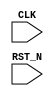
//
// Generated by Bluespec Compiler, version 2024.01-13-ga8fe68a6 (build a8fe68a6)
//
// On Tue Jun 11 10:59:16 IST 2024
//
//
// Ports:
// Name                         I/O  size props
// CLK                            I     1 clock
// RST_N                          I     1 reset
//
// No combinational paths from inputs to outputs
//
//

`ifdef BSV_ASSIGNMENT_DELAY
`else
  `define BSV_ASSIGNMENT_DELAY
`endif

`ifdef BSV_POSITIVE_RESET
  `define BSV_RESET_VALUE 1'b1
  `define BSV_RESET_EDGE posedge
`else
  `define BSV_RESET_VALUE 1'b0
  `define BSV_RESET_EDGE negedge
`endif

module mkTestbench(CLK,
		   RST_N);
  input  CLK;
  input  RST_N;

  // register a
  reg [31 : 0] a;
  wire [31 : 0] a_D_IN;
  wire a_EN;

  // register adder_1_available
  reg adder_1_available;
  wire adder_1_available_D_IN, adder_1_available_EN;

  // register adder_1_cin
  reg adder_1_cin;
  wire adder_1_cin_D_IN, adder_1_cin_EN;

  // register adder_1_in1
  reg [31 : 0] adder_1_in1;
  wire [31 : 0] adder_1_in1_D_IN;
  wire adder_1_in1_EN;

  // register adder_1_in2
  reg [31 : 0] adder_1_in2;
  wire [31 : 0] adder_1_in2_D_IN;
  wire adder_1_in2_EN;

  // register adder_1_result
  reg [32 : 0] adder_1_result;
  wire [32 : 0] adder_1_result_D_IN;
  wire adder_1_result_EN;

  // register b
  reg [31 : 0] b;
  wire [31 : 0] b_D_IN;
  wire b_EN;

  // register cin
  reg cin;
  wire cin_D_IN, cin_EN;

  // register count
  reg [7 : 0] count;
  wire [7 : 0] count_D_IN;
  wire count_EN;

  // register cout
  reg cout;
  wire cout_D_IN, cout_EN;

  // register overflow_flag
  reg overflow_flag;
  wire overflow_flag_D_IN, overflow_flag_EN;

  // register rng_a_r
  reg [31 : 0] rng_a_r;
  wire [31 : 0] rng_a_r_D_IN;
  wire rng_a_r_EN;

  // register rng_b_r
  reg [31 : 0] rng_b_r;
  wire [31 : 0] rng_b_r_D_IN;
  wire rng_b_r_EN;

  // register rng_cin_r
  reg [7 : 0] rng_cin_r;
  wire [7 : 0] rng_cin_r_D_IN;
  wire rng_cin_r_EN;

  // register state
  reg [1 : 0] state;
  reg [1 : 0] state_D_IN;
  wire state_EN;

  // register sum
  reg [31 : 0] sum;
  wire [31 : 0] sum_D_IN;
  wire sum_EN;

  // rule scheduling signals
  wire CAN_FIRE_RL_adder_1_call_compute,
       CAN_FIRE_RL_display_results,
       CAN_FIRE_RL_generate_random_inputs,
       CAN_FIRE_RL_get_results,
       CAN_FIRE_RL_initialize,
       WILL_FIRE_RL_adder_1_call_compute,
       WILL_FIRE_RL_display_results,
       WILL_FIRE_RL_generate_random_inputs,
       WILL_FIRE_RL_get_results,
       WILL_FIRE_RL_initialize;

  // inputs to muxes for submodule ports
  wire [31 : 0] MUX_rng_a_r_write_1__VAL_1, MUX_rng_b_r_write_1__VAL_1;
  wire [7 : 0] MUX_rng_cin_r_write_1__VAL_1;
  wire MUX_state_write_1__SEL_1;

  // remaining internal signals
  wire [32 : 0] calculated_sum__h11846,
		expected_sum__h11845,
		x__h12054,
		x__h12056,
		y__h11864,
		y__h12057;
  wire [8 : 0] IF_adder_1_in1_BITS_15_TO_8_0_AND_adder_1_in2__ETC___d97,
	       IF_adder_1_in1_BITS_15_TO_8_0_XOR_adder_1_in2__ETC___d67,
	       IF_adder_1_in1_BITS_23_TO_16_14_AND_adder_1_in_ETC___d151,
	       IF_adder_1_in1_BITS_23_TO_16_14_XOR_adder_1_in_ETC___d121,
	       IF_adder_1_in1_BITS_31_TO_24_68_AND_adder_1_in_ETC___d205,
	       IF_adder_1_in1_BITS_31_TO_24_68_XOR_adder_1_in_ETC___d175,
	       IF_adder_1_in1_BITS_7_TO_0_AND_adder_1_in2_BIT_ETC___d43,
	       IF_adder_1_in1_BITS_7_TO_0_XOR_adder_1_in2_BIT_ETC___d13;
  wire [7 : 0] adder_1_in1_BITS_15_TO_8_0_AND_adder_1_in2_BIT_ETC___d64,
	       adder_1_in1_BITS_23_TO_16_14_AND_adder_1_in2_B_ETC___d118,
	       adder_1_in1_BITS_31_TO_24_68_AND_adder_1_in2_B_ETC___d172,
	       adder_1_in1_BITS_7_TO_0_AND_adder_1_in2_BITS_7_ETC___d10,
	       p__h2106,
	       p__h4513,
	       p__h6924,
	       p__h9335,
	       spliced_bits__h556,
	       spliced_bits__h590,
	       spliced_bits__h624,
	       spliced_bits__h658,
	       sum_val__h2110,
	       sum_val__h3380,
	       sum_val__h4517,
	       sum_val__h5791,
	       sum_val__h6928,
	       sum_val__h8202,
	       sum_val__h877,
	       sum_val__h9339;
  wire IF_IF_IF_IF_adder_1_cin_THEN_IF_adder_1_in1_BI_ETC___d221,
       IF_IF_IF_adder_1_cin_THEN_IF_adder_1_in1_BITS__ETC___d167,
       IF_IF_adder_1_cin_THEN_IF_adder_1_in1_BITS_7_T_ETC___d113,
       IF_adder_1_cin_THEN_IF_adder_1_in1_BITS_7_TO_0_ETC___d59,
       _0_CONCAT_a_33_34_PLUS_0_CONCAT_b_35_36_37_PLUS_ETC___d344,
       count_17_ULT_30___d332,
       x__h10005,
       x__h10007,
       x__h10113,
       x__h10115,
       x__h10221,
       x__h10223,
       x__h10329,
       x__h10331,
       x__h11678,
       x__h11680,
       x__h1220,
       x__h1329,
       x__h1331,
       x__h1437,
       x__h1439,
       x__h1545,
       x__h1547,
       x__h1653,
       x__h1655,
       x__h1761,
       x__h1763,
       x__h1869,
       x__h1871,
       x__h2451,
       x__h2560,
       x__h2562,
       x__h2668,
       x__h2670,
       x__h2776,
       x__h2778,
       x__h2884,
       x__h2886,
       x__h2992,
       x__h2994,
       x__h3100,
       x__h3102,
       x__h3721,
       x__h3830,
       x__h3832,
       x__h3938,
       x__h3940,
       x__h4046,
       x__h4048,
       x__h4154,
       x__h4156,
       x__h4262,
       x__h4264,
       x__h4370,
       x__h4372,
       x__h4858,
       x__h4967,
       x__h4969,
       x__h5075,
       x__h5077,
       x__h5183,
       x__h5185,
       x__h5291,
       x__h5293,
       x__h5399,
       x__h5401,
       x__h5507,
       x__h5509,
       x__h6132,
       x__h6241,
       x__h6243,
       x__h6349,
       x__h6351,
       x__h6457,
       x__h6459,
       x__h6565,
       x__h6567,
       x__h6673,
       x__h6675,
       x__h6781,
       x__h6783,
       x__h7269,
       x__h7378,
       x__h7380,
       x__h7486,
       x__h7488,
       x__h7594,
       x__h7596,
       x__h7702,
       x__h7704,
       x__h7810,
       x__h7812,
       x__h7918,
       x__h7920,
       x__h8543,
       x__h8652,
       x__h8654,
       x__h8760,
       x__h8762,
       x__h8868,
       x__h8870,
       x__h8976,
       x__h8978,
       x__h9084,
       x__h9086,
       x__h9192,
       x__h9194,
       x__h9680,
       x__h9789,
       x__h9791,
       x__h9897,
       x__h9899,
       y__h11679;

  // rule RL_initialize
  assign CAN_FIRE_RL_initialize = state == 2'd0 ;
  assign WILL_FIRE_RL_initialize = CAN_FIRE_RL_initialize ;

  // rule RL_get_results
  assign CAN_FIRE_RL_get_results = adder_1_available && state == 2'd2 ;
  assign WILL_FIRE_RL_get_results = CAN_FIRE_RL_get_results ;

  // rule RL_display_results
  assign CAN_FIRE_RL_display_results = state == 2'd3 ;
  assign WILL_FIRE_RL_display_results = CAN_FIRE_RL_display_results ;

  // rule RL_adder_1_call_compute
  assign CAN_FIRE_RL_adder_1_call_compute = !adder_1_available ;
  assign WILL_FIRE_RL_adder_1_call_compute =
	     CAN_FIRE_RL_adder_1_call_compute ;

  // rule RL_generate_random_inputs
  assign CAN_FIRE_RL_generate_random_inputs = state == 2'd1 ;
  assign WILL_FIRE_RL_generate_random_inputs =
	     CAN_FIRE_RL_generate_random_inputs ;

  // inputs to muxes for submodule ports
  assign MUX_state_write_1__SEL_1 =
	     WILL_FIRE_RL_display_results && count_17_ULT_30___d332 ;
  assign MUX_rng_a_r_write_1__VAL_1 =
	     rng_a_r[0] ?
	       { 1'd1,
		 rng_a_r[31:8],
		 ~rng_a_r[7],
		 rng_a_r[6],
		 ~rng_a_r[5],
		 rng_a_r[4],
		 ~rng_a_r[3:1] } :
	       { 1'd0, rng_a_r[31:1] } ;
  assign MUX_rng_b_r_write_1__VAL_1 =
	     rng_b_r[0] ?
	       { 1'd1,
		 rng_b_r[31:8],
		 ~rng_b_r[7],
		 rng_b_r[6],
		 ~rng_b_r[5],
		 rng_b_r[4],
		 ~rng_b_r[3:1] } :
	       { 1'd0, rng_b_r[31:1] } ;
  assign MUX_rng_cin_r_write_1__VAL_1 =
	     rng_cin_r[0] ?
	       { 1'd1, rng_cin_r[7:5], ~rng_cin_r[4:2], rng_cin_r[1] } :
	       { 1'd0, rng_cin_r[7:1] } ;

  // register a
  assign a_D_IN = rng_a_r ;
  assign a_EN = CAN_FIRE_RL_generate_random_inputs ;

  // register adder_1_available
  assign adder_1_available_D_IN = !WILL_FIRE_RL_generate_random_inputs ;
  assign adder_1_available_EN =
	     WILL_FIRE_RL_generate_random_inputs ||
	     WILL_FIRE_RL_adder_1_call_compute ;

  // register adder_1_cin
  assign adder_1_cin_D_IN = rng_cin_r[3] ;
  assign adder_1_cin_EN = CAN_FIRE_RL_generate_random_inputs ;

  // register adder_1_in1
  assign adder_1_in1_D_IN = rng_a_r ;
  assign adder_1_in1_EN = CAN_FIRE_RL_generate_random_inputs ;

  // register adder_1_in2
  assign adder_1_in2_D_IN = rng_b_r ;
  assign adder_1_in2_EN = CAN_FIRE_RL_generate_random_inputs ;

  // register adder_1_result
  assign adder_1_result_D_IN =
	     { IF_IF_IF_IF_adder_1_cin_THEN_IF_adder_1_in1_BI_ETC___d221,
	       spliced_bits__h556,
	       spliced_bits__h590,
	       spliced_bits__h624,
	       spliced_bits__h658 } ;
  assign adder_1_result_EN = CAN_FIRE_RL_adder_1_call_compute ;

  // register b
  assign b_D_IN = rng_b_r ;
  assign b_EN = CAN_FIRE_RL_generate_random_inputs ;

  // register cin
  assign cin_D_IN = rng_cin_r[3] ;
  assign cin_EN = CAN_FIRE_RL_generate_random_inputs ;

  // register count
  assign count_D_IN = count + 8'd1 ;
  assign count_EN = CAN_FIRE_RL_generate_random_inputs ;

  // register cout
  assign cout_D_IN = adder_1_result[32] ;
  assign cout_EN = CAN_FIRE_RL_get_results ;

  // register overflow_flag
  assign overflow_flag_D_IN = x__h11678 & y__h11679 ;
  assign overflow_flag_EN = CAN_FIRE_RL_get_results ;

  // register rng_a_r
  assign rng_a_r_D_IN =
	     WILL_FIRE_RL_generate_random_inputs ?
	       MUX_rng_a_r_write_1__VAL_1 :
	       32'h0000AFD7 ;
  assign rng_a_r_EN =
	     WILL_FIRE_RL_generate_random_inputs || WILL_FIRE_RL_initialize ;

  // register rng_b_r
  assign rng_b_r_D_IN =
	     WILL_FIRE_RL_generate_random_inputs ?
	       MUX_rng_b_r_write_1__VAL_1 :
	       32'h0000C9B1 ;
  assign rng_b_r_EN =
	     WILL_FIRE_RL_generate_random_inputs || WILL_FIRE_RL_initialize ;

  // register rng_cin_r
  assign rng_cin_r_D_IN =
	     WILL_FIRE_RL_generate_random_inputs ?
	       MUX_rng_cin_r_write_1__VAL_1 :
	       8'hA5 ;
  assign rng_cin_r_EN =
	     WILL_FIRE_RL_generate_random_inputs || WILL_FIRE_RL_initialize ;

  // register state
  always@(MUX_state_write_1__SEL_1 or
	  WILL_FIRE_RL_initialize or
	  WILL_FIRE_RL_generate_random_inputs or WILL_FIRE_RL_get_results)
  begin
    case (1'b1) // synopsys parallel_case
      MUX_state_write_1__SEL_1 || WILL_FIRE_RL_initialize: state_D_IN = 2'd1;
      WILL_FIRE_RL_generate_random_inputs: state_D_IN = 2'd2;
      WILL_FIRE_RL_get_results: state_D_IN = 2'd3;
      default: state_D_IN = 2'bxx /* unspecified value */ ;
    endcase
  end
  assign state_EN =
	     WILL_FIRE_RL_display_results && count_17_ULT_30___d332 ||
	     WILL_FIRE_RL_initialize ||
	     WILL_FIRE_RL_generate_random_inputs ||
	     WILL_FIRE_RL_get_results ;

  // register sum
  assign sum_D_IN = adder_1_result[31:0] ;
  assign sum_EN = CAN_FIRE_RL_get_results ;

  // remaining internal signals
  assign IF_IF_IF_IF_adder_1_cin_THEN_IF_adder_1_in1_BI_ETC___d221 =
	     IF_IF_IF_adder_1_cin_THEN_IF_adder_1_in1_BITS__ETC___d167 ?
	       x__h9192 |
	       adder_1_in1_BITS_31_TO_24_68_AND_adder_1_in2_B_ETC___d172[7] :
	       x__h10329 |
	       adder_1_in1_BITS_31_TO_24_68_AND_adder_1_in2_B_ETC___d172[7] ;
  assign IF_IF_IF_adder_1_cin_THEN_IF_adder_1_in1_BITS__ETC___d167 =
	     IF_IF_adder_1_cin_THEN_IF_adder_1_in1_BITS_7_T_ETC___d113 ?
	       x__h6781 |
	       adder_1_in1_BITS_23_TO_16_14_AND_adder_1_in2_B_ETC___d118[7] :
	       x__h7918 |
	       adder_1_in1_BITS_23_TO_16_14_AND_adder_1_in2_B_ETC___d118[7] ;
  assign IF_IF_adder_1_cin_THEN_IF_adder_1_in1_BITS_7_T_ETC___d113 =
	     IF_adder_1_cin_THEN_IF_adder_1_in1_BITS_7_TO_0_ETC___d59 ?
	       x__h4370 |
	       adder_1_in1_BITS_15_TO_8_0_AND_adder_1_in2_BIT_ETC___d64[7] :
	       x__h5507 |
	       adder_1_in1_BITS_15_TO_8_0_AND_adder_1_in2_BIT_ETC___d64[7] ;
  assign IF_adder_1_cin_THEN_IF_adder_1_in1_BITS_7_TO_0_ETC___d59 =
	     adder_1_cin ?
	       x__h1869 |
	       adder_1_in1_BITS_7_TO_0_AND_adder_1_in2_BITS_7_ETC___d10[7] :
	       x__h3100 |
	       adder_1_in1_BITS_7_TO_0_AND_adder_1_in2_BITS_7_ETC___d10[7] ;
  assign IF_adder_1_in1_BITS_15_TO_8_0_AND_adder_1_in2__ETC___d97 =
	     adder_1_in1_BITS_15_TO_8_0_AND_adder_1_in2_BIT_ETC___d64[0] ?
	       9'd2 :
	       9'd0 ;
  assign IF_adder_1_in1_BITS_15_TO_8_0_XOR_adder_1_in2__ETC___d67 =
	     (p__h4513[0] |
	      adder_1_in1_BITS_15_TO_8_0_AND_adder_1_in2_BIT_ETC___d64[0]) ?
	       9'd3 :
	       9'd1 ;
  assign IF_adder_1_in1_BITS_23_TO_16_14_AND_adder_1_in_ETC___d151 =
	     adder_1_in1_BITS_23_TO_16_14_AND_adder_1_in2_B_ETC___d118[0] ?
	       9'd2 :
	       9'd0 ;
  assign IF_adder_1_in1_BITS_23_TO_16_14_XOR_adder_1_in_ETC___d121 =
	     (p__h6924[0] |
	      adder_1_in1_BITS_23_TO_16_14_AND_adder_1_in2_B_ETC___d118[0]) ?
	       9'd3 :
	       9'd1 ;
  assign IF_adder_1_in1_BITS_31_TO_24_68_AND_adder_1_in_ETC___d205 =
	     adder_1_in1_BITS_31_TO_24_68_AND_adder_1_in2_B_ETC___d172[0] ?
	       9'd2 :
	       9'd0 ;
  assign IF_adder_1_in1_BITS_31_TO_24_68_XOR_adder_1_in_ETC___d175 =
	     (p__h9335[0] |
	      adder_1_in1_BITS_31_TO_24_68_AND_adder_1_in2_B_ETC___d172[0]) ?
	       9'd3 :
	       9'd1 ;
  assign IF_adder_1_in1_BITS_7_TO_0_AND_adder_1_in2_BIT_ETC___d43 =
	     adder_1_in1_BITS_7_TO_0_AND_adder_1_in2_BITS_7_ETC___d10[0] ?
	       9'd2 :
	       9'd0 ;
  assign IF_adder_1_in1_BITS_7_TO_0_XOR_adder_1_in2_BIT_ETC___d13 =
	     (p__h2106[0] |
	      adder_1_in1_BITS_7_TO_0_AND_adder_1_in2_BITS_7_ETC___d10[0]) ?
	       9'd3 :
	       9'd1 ;
  assign _0_CONCAT_a_33_34_PLUS_0_CONCAT_b_35_36_37_PLUS_ETC___d344 =
	     expected_sum__h11845 == calculated_sum__h11846 ;
  assign adder_1_in1_BITS_15_TO_8_0_AND_adder_1_in2_BIT_ETC___d64 =
	     adder_1_in1[15:8] & adder_1_in2[15:8] ;
  assign adder_1_in1_BITS_23_TO_16_14_AND_adder_1_in2_B_ETC___d118 =
	     adder_1_in1[23:16] & adder_1_in2[23:16] ;
  assign adder_1_in1_BITS_31_TO_24_68_AND_adder_1_in2_B_ETC___d172 =
	     adder_1_in1[31:24] & adder_1_in2[31:24] ;
  assign adder_1_in1_BITS_7_TO_0_AND_adder_1_in2_BITS_7_ETC___d10 =
	     adder_1_in1[7:0] & adder_1_in2[7:0] ;
  assign calculated_sum__h11846 = { cout, sum } ;
  assign count_17_ULT_30___d332 = count < 8'd30 ;
  assign expected_sum__h11845 = x__h12054 + y__h11864 ;
  assign p__h2106 = adder_1_in1[7:0] ^ adder_1_in2[7:0] ;
  assign p__h4513 = adder_1_in1[15:8] ^ adder_1_in2[15:8] ;
  assign p__h6924 = adder_1_in1[23:16] ^ adder_1_in2[23:16] ;
  assign p__h9335 = adder_1_in1[31:24] ^ adder_1_in2[31:24] ;
  assign spliced_bits__h556 =
	     IF_IF_IF_adder_1_cin_THEN_IF_adder_1_in1_BITS__ETC___d167 ?
	       sum_val__h8202 :
	       sum_val__h9339 ;
  assign spliced_bits__h590 =
	     IF_IF_adder_1_cin_THEN_IF_adder_1_in1_BITS_7_T_ETC___d113 ?
	       sum_val__h5791 :
	       sum_val__h6928 ;
  assign spliced_bits__h624 =
	     IF_adder_1_cin_THEN_IF_adder_1_in1_BITS_7_TO_0_ETC___d59 ?
	       sum_val__h3380 :
	       sum_val__h4517 ;
  assign spliced_bits__h658 = adder_1_cin ? sum_val__h877 : sum_val__h2110 ;
  assign sum_val__h2110 =
	     p__h2106 ^
	     { x__h3102,
	       x__h2994,
	       x__h2886,
	       x__h2778,
	       x__h2670,
	       x__h2562,
	       IF_adder_1_in1_BITS_7_TO_0_AND_adder_1_in2_BIT_ETC___d43[1:0] } ;
  assign sum_val__h3380 =
	     p__h4513 ^
	     { x__h4372,
	       x__h4264,
	       x__h4156,
	       x__h4048,
	       x__h3940,
	       x__h3832,
	       IF_adder_1_in1_BITS_15_TO_8_0_XOR_adder_1_in2__ETC___d67[1:0] } ;
  assign sum_val__h4517 =
	     p__h4513 ^
	     { x__h5509,
	       x__h5401,
	       x__h5293,
	       x__h5185,
	       x__h5077,
	       x__h4969,
	       IF_adder_1_in1_BITS_15_TO_8_0_AND_adder_1_in2__ETC___d97[1:0] } ;
  assign sum_val__h5791 =
	     p__h6924 ^
	     { x__h6783,
	       x__h6675,
	       x__h6567,
	       x__h6459,
	       x__h6351,
	       x__h6243,
	       IF_adder_1_in1_BITS_23_TO_16_14_XOR_adder_1_in_ETC___d121[1:0] } ;
  assign sum_val__h6928 =
	     p__h6924 ^
	     { x__h7920,
	       x__h7812,
	       x__h7704,
	       x__h7596,
	       x__h7488,
	       x__h7380,
	       IF_adder_1_in1_BITS_23_TO_16_14_AND_adder_1_in_ETC___d151[1:0] } ;
  assign sum_val__h8202 =
	     p__h9335 ^
	     { x__h9194,
	       x__h9086,
	       x__h8978,
	       x__h8870,
	       x__h8762,
	       x__h8654,
	       IF_adder_1_in1_BITS_31_TO_24_68_XOR_adder_1_in_ETC___d175[1:0] } ;
  assign sum_val__h877 =
	     p__h2106 ^
	     { x__h1871,
	       x__h1763,
	       x__h1655,
	       x__h1547,
	       x__h1439,
	       x__h1331,
	       IF_adder_1_in1_BITS_7_TO_0_XOR_adder_1_in2_BIT_ETC___d13[1:0] } ;
  assign sum_val__h9339 =
	     p__h9335 ^
	     { x__h10331,
	       x__h10223,
	       x__h10115,
	       x__h10007,
	       x__h9899,
	       x__h9791,
	       IF_adder_1_in1_BITS_31_TO_24_68_AND_adder_1_in_ETC___d205[1:0] } ;
  assign x__h10005 = x__h10007 & p__h9335[4] ;
  assign x__h10007 =
	     x__h9897 |
	     adder_1_in1_BITS_31_TO_24_68_AND_adder_1_in2_B_ETC___d172[3] ;
  assign x__h10113 = x__h10115 & p__h9335[5] ;
  assign x__h10115 =
	     x__h10005 |
	     adder_1_in1_BITS_31_TO_24_68_AND_adder_1_in2_B_ETC___d172[4] ;
  assign x__h10221 = x__h10223 & p__h9335[6] ;
  assign x__h10223 =
	     x__h10113 |
	     adder_1_in1_BITS_31_TO_24_68_AND_adder_1_in2_B_ETC___d172[5] ;
  assign x__h10329 = x__h10331 & p__h9335[7] ;
  assign x__h10331 =
	     x__h10221 |
	     adder_1_in1_BITS_31_TO_24_68_AND_adder_1_in2_B_ETC___d172[6] ;
  assign x__h11678 = x__h11680 ^ adder_1_in2[31] ;
  assign x__h11680 = ~adder_1_in1[31] ;
  assign x__h12054 = x__h12056 + y__h12057 ;
  assign x__h12056 = { 1'd0, a } ;
  assign x__h1220 =
	     IF_adder_1_in1_BITS_7_TO_0_XOR_adder_1_in2_BIT_ETC___d13[1] &
	     p__h2106[1] ;
  assign x__h1329 = x__h1331 & p__h2106[2] ;
  assign x__h1331 =
	     x__h1220 |
	     adder_1_in1_BITS_7_TO_0_AND_adder_1_in2_BITS_7_ETC___d10[1] ;
  assign x__h1437 = x__h1439 & p__h2106[3] ;
  assign x__h1439 =
	     x__h1329 |
	     adder_1_in1_BITS_7_TO_0_AND_adder_1_in2_BITS_7_ETC___d10[2] ;
  assign x__h1545 = x__h1547 & p__h2106[4] ;
  assign x__h1547 =
	     x__h1437 |
	     adder_1_in1_BITS_7_TO_0_AND_adder_1_in2_BITS_7_ETC___d10[3] ;
  assign x__h1653 = x__h1655 & p__h2106[5] ;
  assign x__h1655 =
	     x__h1545 |
	     adder_1_in1_BITS_7_TO_0_AND_adder_1_in2_BITS_7_ETC___d10[4] ;
  assign x__h1761 = x__h1763 & p__h2106[6] ;
  assign x__h1763 =
	     x__h1653 |
	     adder_1_in1_BITS_7_TO_0_AND_adder_1_in2_BITS_7_ETC___d10[5] ;
  assign x__h1869 = x__h1871 & p__h2106[7] ;
  assign x__h1871 =
	     x__h1761 |
	     adder_1_in1_BITS_7_TO_0_AND_adder_1_in2_BITS_7_ETC___d10[6] ;
  assign x__h2451 =
	     IF_adder_1_in1_BITS_7_TO_0_AND_adder_1_in2_BIT_ETC___d43[1] &
	     p__h2106[1] ;
  assign x__h2560 = x__h2562 & p__h2106[2] ;
  assign x__h2562 =
	     x__h2451 |
	     adder_1_in1_BITS_7_TO_0_AND_adder_1_in2_BITS_7_ETC___d10[1] ;
  assign x__h2668 = x__h2670 & p__h2106[3] ;
  assign x__h2670 =
	     x__h2560 |
	     adder_1_in1_BITS_7_TO_0_AND_adder_1_in2_BITS_7_ETC___d10[2] ;
  assign x__h2776 = x__h2778 & p__h2106[4] ;
  assign x__h2778 =
	     x__h2668 |
	     adder_1_in1_BITS_7_TO_0_AND_adder_1_in2_BITS_7_ETC___d10[3] ;
  assign x__h2884 = x__h2886 & p__h2106[5] ;
  assign x__h2886 =
	     x__h2776 |
	     adder_1_in1_BITS_7_TO_0_AND_adder_1_in2_BITS_7_ETC___d10[4] ;
  assign x__h2992 = x__h2994 & p__h2106[6] ;
  assign x__h2994 =
	     x__h2884 |
	     adder_1_in1_BITS_7_TO_0_AND_adder_1_in2_BITS_7_ETC___d10[5] ;
  assign x__h3100 = x__h3102 & p__h2106[7] ;
  assign x__h3102 =
	     x__h2992 |
	     adder_1_in1_BITS_7_TO_0_AND_adder_1_in2_BITS_7_ETC___d10[6] ;
  assign x__h3721 =
	     IF_adder_1_in1_BITS_15_TO_8_0_XOR_adder_1_in2__ETC___d67[1] &
	     p__h4513[1] ;
  assign x__h3830 = x__h3832 & p__h4513[2] ;
  assign x__h3832 =
	     x__h3721 |
	     adder_1_in1_BITS_15_TO_8_0_AND_adder_1_in2_BIT_ETC___d64[1] ;
  assign x__h3938 = x__h3940 & p__h4513[3] ;
  assign x__h3940 =
	     x__h3830 |
	     adder_1_in1_BITS_15_TO_8_0_AND_adder_1_in2_BIT_ETC___d64[2] ;
  assign x__h4046 = x__h4048 & p__h4513[4] ;
  assign x__h4048 =
	     x__h3938 |
	     adder_1_in1_BITS_15_TO_8_0_AND_adder_1_in2_BIT_ETC___d64[3] ;
  assign x__h4154 = x__h4156 & p__h4513[5] ;
  assign x__h4156 =
	     x__h4046 |
	     adder_1_in1_BITS_15_TO_8_0_AND_adder_1_in2_BIT_ETC___d64[4] ;
  assign x__h4262 = x__h4264 & p__h4513[6] ;
  assign x__h4264 =
	     x__h4154 |
	     adder_1_in1_BITS_15_TO_8_0_AND_adder_1_in2_BIT_ETC___d64[5] ;
  assign x__h4370 = x__h4372 & p__h4513[7] ;
  assign x__h4372 =
	     x__h4262 |
	     adder_1_in1_BITS_15_TO_8_0_AND_adder_1_in2_BIT_ETC___d64[6] ;
  assign x__h4858 =
	     IF_adder_1_in1_BITS_15_TO_8_0_AND_adder_1_in2__ETC___d97[1] &
	     p__h4513[1] ;
  assign x__h4967 = x__h4969 & p__h4513[2] ;
  assign x__h4969 =
	     x__h4858 |
	     adder_1_in1_BITS_15_TO_8_0_AND_adder_1_in2_BIT_ETC___d64[1] ;
  assign x__h5075 = x__h5077 & p__h4513[3] ;
  assign x__h5077 =
	     x__h4967 |
	     adder_1_in1_BITS_15_TO_8_0_AND_adder_1_in2_BIT_ETC___d64[2] ;
  assign x__h5183 = x__h5185 & p__h4513[4] ;
  assign x__h5185 =
	     x__h5075 |
	     adder_1_in1_BITS_15_TO_8_0_AND_adder_1_in2_BIT_ETC___d64[3] ;
  assign x__h5291 = x__h5293 & p__h4513[5] ;
  assign x__h5293 =
	     x__h5183 |
	     adder_1_in1_BITS_15_TO_8_0_AND_adder_1_in2_BIT_ETC___d64[4] ;
  assign x__h5399 = x__h5401 & p__h4513[6] ;
  assign x__h5401 =
	     x__h5291 |
	     adder_1_in1_BITS_15_TO_8_0_AND_adder_1_in2_BIT_ETC___d64[5] ;
  assign x__h5507 = x__h5509 & p__h4513[7] ;
  assign x__h5509 =
	     x__h5399 |
	     adder_1_in1_BITS_15_TO_8_0_AND_adder_1_in2_BIT_ETC___d64[6] ;
  assign x__h6132 =
	     IF_adder_1_in1_BITS_23_TO_16_14_XOR_adder_1_in_ETC___d121[1] &
	     p__h6924[1] ;
  assign x__h6241 = x__h6243 & p__h6924[2] ;
  assign x__h6243 =
	     x__h6132 |
	     adder_1_in1_BITS_23_TO_16_14_AND_adder_1_in2_B_ETC___d118[1] ;
  assign x__h6349 = x__h6351 & p__h6924[3] ;
  assign x__h6351 =
	     x__h6241 |
	     adder_1_in1_BITS_23_TO_16_14_AND_adder_1_in2_B_ETC___d118[2] ;
  assign x__h6457 = x__h6459 & p__h6924[4] ;
  assign x__h6459 =
	     x__h6349 |
	     adder_1_in1_BITS_23_TO_16_14_AND_adder_1_in2_B_ETC___d118[3] ;
  assign x__h6565 = x__h6567 & p__h6924[5] ;
  assign x__h6567 =
	     x__h6457 |
	     adder_1_in1_BITS_23_TO_16_14_AND_adder_1_in2_B_ETC___d118[4] ;
  assign x__h6673 = x__h6675 & p__h6924[6] ;
  assign x__h6675 =
	     x__h6565 |
	     adder_1_in1_BITS_23_TO_16_14_AND_adder_1_in2_B_ETC___d118[5] ;
  assign x__h6781 = x__h6783 & p__h6924[7] ;
  assign x__h6783 =
	     x__h6673 |
	     adder_1_in1_BITS_23_TO_16_14_AND_adder_1_in2_B_ETC___d118[6] ;
  assign x__h7269 =
	     IF_adder_1_in1_BITS_23_TO_16_14_AND_adder_1_in_ETC___d151[1] &
	     p__h6924[1] ;
  assign x__h7378 = x__h7380 & p__h6924[2] ;
  assign x__h7380 =
	     x__h7269 |
	     adder_1_in1_BITS_23_TO_16_14_AND_adder_1_in2_B_ETC___d118[1] ;
  assign x__h7486 = x__h7488 & p__h6924[3] ;
  assign x__h7488 =
	     x__h7378 |
	     adder_1_in1_BITS_23_TO_16_14_AND_adder_1_in2_B_ETC___d118[2] ;
  assign x__h7594 = x__h7596 & p__h6924[4] ;
  assign x__h7596 =
	     x__h7486 |
	     adder_1_in1_BITS_23_TO_16_14_AND_adder_1_in2_B_ETC___d118[3] ;
  assign x__h7702 = x__h7704 & p__h6924[5] ;
  assign x__h7704 =
	     x__h7594 |
	     adder_1_in1_BITS_23_TO_16_14_AND_adder_1_in2_B_ETC___d118[4] ;
  assign x__h7810 = x__h7812 & p__h6924[6] ;
  assign x__h7812 =
	     x__h7702 |
	     adder_1_in1_BITS_23_TO_16_14_AND_adder_1_in2_B_ETC___d118[5] ;
  assign x__h7918 = x__h7920 & p__h6924[7] ;
  assign x__h7920 =
	     x__h7810 |
	     adder_1_in1_BITS_23_TO_16_14_AND_adder_1_in2_B_ETC___d118[6] ;
  assign x__h8543 =
	     IF_adder_1_in1_BITS_31_TO_24_68_XOR_adder_1_in_ETC___d175[1] &
	     p__h9335[1] ;
  assign x__h8652 = x__h8654 & p__h9335[2] ;
  assign x__h8654 =
	     x__h8543 |
	     adder_1_in1_BITS_31_TO_24_68_AND_adder_1_in2_B_ETC___d172[1] ;
  assign x__h8760 = x__h8762 & p__h9335[3] ;
  assign x__h8762 =
	     x__h8652 |
	     adder_1_in1_BITS_31_TO_24_68_AND_adder_1_in2_B_ETC___d172[2] ;
  assign x__h8868 = x__h8870 & p__h9335[4] ;
  assign x__h8870 =
	     x__h8760 |
	     adder_1_in1_BITS_31_TO_24_68_AND_adder_1_in2_B_ETC___d172[3] ;
  assign x__h8976 = x__h8978 & p__h9335[5] ;
  assign x__h8978 =
	     x__h8868 |
	     adder_1_in1_BITS_31_TO_24_68_AND_adder_1_in2_B_ETC___d172[4] ;
  assign x__h9084 = x__h9086 & p__h9335[6] ;
  assign x__h9086 =
	     x__h8976 |
	     adder_1_in1_BITS_31_TO_24_68_AND_adder_1_in2_B_ETC___d172[5] ;
  assign x__h9192 = x__h9194 & p__h9335[7] ;
  assign x__h9194 =
	     x__h9084 |
	     adder_1_in1_BITS_31_TO_24_68_AND_adder_1_in2_B_ETC___d172[6] ;
  assign x__h9680 =
	     IF_adder_1_in1_BITS_31_TO_24_68_AND_adder_1_in_ETC___d205[1] &
	     p__h9335[1] ;
  assign x__h9789 = x__h9791 & p__h9335[2] ;
  assign x__h9791 =
	     x__h9680 |
	     adder_1_in1_BITS_31_TO_24_68_AND_adder_1_in2_B_ETC___d172[1] ;
  assign x__h9897 = x__h9899 & p__h9335[3] ;
  assign x__h9899 =
	     x__h9789 |
	     adder_1_in1_BITS_31_TO_24_68_AND_adder_1_in2_B_ETC___d172[2] ;
  assign y__h11679 = adder_1_in2[31] ^ adder_1_result[31] ;
  assign y__h11864 = { 32'b0, cin } ;
  assign y__h12057 = { 1'd0, b } ;

  // handling of inlined registers

  always@(posedge CLK)
  begin
    if (RST_N == `BSV_RESET_VALUE)
      begin
        a <= `BSV_ASSIGNMENT_DELAY 32'h00007000;
	adder_1_available <= `BSV_ASSIGNMENT_DELAY 1'd1;
	adder_1_cin <= `BSV_ASSIGNMENT_DELAY 1'd0;
	adder_1_in1 <= `BSV_ASSIGNMENT_DELAY 32'd0;
	adder_1_in2 <= `BSV_ASSIGNMENT_DELAY 32'd0;
	adder_1_result <= `BSV_ASSIGNMENT_DELAY 33'd0;
	b <= `BSV_ASSIGNMENT_DELAY 32'h00001000;
	cin <= `BSV_ASSIGNMENT_DELAY 1'd1;
	count <= `BSV_ASSIGNMENT_DELAY 8'd0;
	cout <= `BSV_ASSIGNMENT_DELAY 1'd0;
	overflow_flag <= `BSV_ASSIGNMENT_DELAY 1'd0;
	rng_a_r <= `BSV_ASSIGNMENT_DELAY 32'd1;
	rng_b_r <= `BSV_ASSIGNMENT_DELAY 32'd1;
	rng_cin_r <= `BSV_ASSIGNMENT_DELAY 8'd1;
	state <= `BSV_ASSIGNMENT_DELAY 2'd0;
	sum <= `BSV_ASSIGNMENT_DELAY 32'd0;
      end
    else
      begin
        if (a_EN) a <= `BSV_ASSIGNMENT_DELAY a_D_IN;
	if (adder_1_available_EN)
	  adder_1_available <= `BSV_ASSIGNMENT_DELAY adder_1_available_D_IN;
	if (adder_1_cin_EN)
	  adder_1_cin <= `BSV_ASSIGNMENT_DELAY adder_1_cin_D_IN;
	if (adder_1_in1_EN)
	  adder_1_in1 <= `BSV_ASSIGNMENT_DELAY adder_1_in1_D_IN;
	if (adder_1_in2_EN)
	  adder_1_in2 <= `BSV_ASSIGNMENT_DELAY adder_1_in2_D_IN;
	if (adder_1_result_EN)
	  adder_1_result <= `BSV_ASSIGNMENT_DELAY adder_1_result_D_IN;
	if (b_EN) b <= `BSV_ASSIGNMENT_DELAY b_D_IN;
	if (cin_EN) cin <= `BSV_ASSIGNMENT_DELAY cin_D_IN;
	if (count_EN) count <= `BSV_ASSIGNMENT_DELAY count_D_IN;
	if (cout_EN) cout <= `BSV_ASSIGNMENT_DELAY cout_D_IN;
	if (overflow_flag_EN)
	  overflow_flag <= `BSV_ASSIGNMENT_DELAY overflow_flag_D_IN;
	if (rng_a_r_EN) rng_a_r <= `BSV_ASSIGNMENT_DELAY rng_a_r_D_IN;
	if (rng_b_r_EN) rng_b_r <= `BSV_ASSIGNMENT_DELAY rng_b_r_D_IN;
	if (rng_cin_r_EN) rng_cin_r <= `BSV_ASSIGNMENT_DELAY rng_cin_r_D_IN;
	if (state_EN) state <= `BSV_ASSIGNMENT_DELAY state_D_IN;
	if (sum_EN) sum <= `BSV_ASSIGNMENT_DELAY sum_D_IN;
      end
  end

  // synopsys translate_off
  `ifdef BSV_NO_INITIAL_BLOCKS
  `else // not BSV_NO_INITIAL_BLOCKS
  initial
  begin
    a = 32'hAAAAAAAA;
    adder_1_available = 1'h0;
    adder_1_cin = 1'h0;
    adder_1_in1 = 32'hAAAAAAAA;
    adder_1_in2 = 32'hAAAAAAAA;
    adder_1_result = 33'h0AAAAAAAA;
    b = 32'hAAAAAAAA;
    cin = 1'h0;
    count = 8'hAA;
    cout = 1'h0;
    overflow_flag = 1'h0;
    rng_a_r = 32'hAAAAAAAA;
    rng_b_r = 32'hAAAAAAAA;
    rng_cin_r = 8'hAA;
    state = 2'h2;
    sum = 32'hAAAAAAAA;
  end
  `endif // BSV_NO_INITIAL_BLOCKS
  // synopsys translate_on

  // handling of system tasks

  // synopsys translate_off
  always@(negedge CLK)
  begin
    #0;
    if (RST_N != `BSV_RESET_VALUE)
      if (WILL_FIRE_RL_display_results && count_17_ULT_30___d332 &&
	  _0_CONCAT_a_33_34_PLUS_0_CONCAT_b_35_36_37_PLUS_ETC___d344)
	$display("Test Passed");
    if (RST_N != `BSV_RESET_VALUE)
      if (WILL_FIRE_RL_display_results && count_17_ULT_30___d332 &&
	  !_0_CONCAT_a_33_34_PLUS_0_CONCAT_b_35_36_37_PLUS_ETC___d344)
	$display("Test Failed: ");
    if (RST_N != `BSV_RESET_VALUE)
      if (WILL_FIRE_RL_display_results && count_17_ULT_30___d332 &&
	  !_0_CONCAT_a_33_34_PLUS_0_CONCAT_b_35_36_37_PLUS_ETC___d344)
	$display("  %32b\n+ %32b\n+\t\t\t\t %0b\n= \n  %32b", a, b, cin, sum);
    if (RST_N != `BSV_RESET_VALUE)
      if (WILL_FIRE_RL_display_results && count_17_ULT_30___d332 &&
	  !_0_CONCAT_a_33_34_PLUS_0_CONCAT_b_35_36_37_PLUS_ETC___d344)
	$display("Cout = %0b", cout);
    if (RST_N != `BSV_RESET_VALUE)
      if (WILL_FIRE_RL_display_results && count_17_ULT_30___d332 &&
	  !_0_CONCAT_a_33_34_PLUS_0_CONCAT_b_35_36_37_PLUS_ETC___d344)
	$display(" %33b", expected_sum__h11845);
    if (RST_N != `BSV_RESET_VALUE)
      if (WILL_FIRE_RL_display_results && count_17_ULT_30___d332 &&
	  !_0_CONCAT_a_33_34_PLUS_0_CONCAT_b_35_36_37_PLUS_ETC___d344)
	$display("Overflow Flag = %0h\n", overflow_flag);
    if (RST_N != `BSV_RESET_VALUE)
      if (WILL_FIRE_RL_display_results && count_17_ULT_30___d332 &&
	  overflow_flag)
	$display("Overflow occured");
    if (RST_N != `BSV_RESET_VALUE)
      if (WILL_FIRE_RL_display_results && !count_17_ULT_30___d332)
	$finish(32'd0);
  end
  // synopsys translate_on
endmodule  // mkTestbench